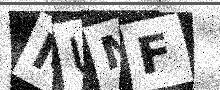
Text: MUMF